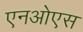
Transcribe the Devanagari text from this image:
एनओएस